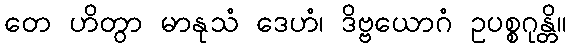
တေ ဟိတွာ မာနုသံ ဒေဟံ၊ ဒိဗ္ဗယောဂံ ဥပစ္စဂုန္တိ။